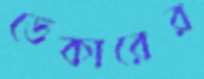
ডেকারের